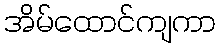
အိမ်ထောင်ကျကာ